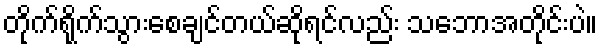
တိုက်ရိုက်သွားစေချင်တယ်ဆိုရင်လည်း သဘောအတိုင်းပဲ။